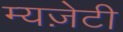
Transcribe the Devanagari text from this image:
म्यज़ेटी